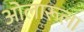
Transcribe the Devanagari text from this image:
ओलारूला